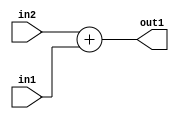
`timescale 1ps / 1ps
/*****************************************************************************
    Verilog RTL Description
    
    
    Created by: CellMath Designer 2019.1.01 
*******************************************************************************/

module DFT_compute_Add_8Ux1U_8U_0 (
	in2,
	in1,
	out1
	); /* architecture "behavioural" */ 
input [7:0] in2;
input  in1;
output [7:0] out1;
wire [7:0] asc001;

assign asc001 = 
	+(in2)
	+(in1);

assign out1 = asc001;
endmodule

/* CADENCE  urnxSQw= : u9/ySgnWtBlWxVPRXgAZ4Og= ** DO NOT EDIT THIS LINE ******/